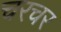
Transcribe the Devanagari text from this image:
चरचर